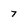
Character: 7